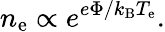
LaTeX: n_{\mathrm{e}}\propto e^{e\Phi/k_{\mathrm{B}}T_{\mathrm{e}}}.